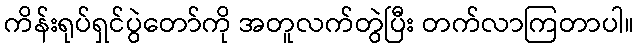
ကိန်းရုပ်ရှင်ပွဲတော်ကို အတူလက်တွဲပြီး တက်လာကြတာပါ။